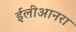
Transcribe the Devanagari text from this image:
ईलीआनरा